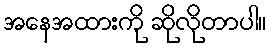
အနေအထားကို ဆိုလိုတာပါ။